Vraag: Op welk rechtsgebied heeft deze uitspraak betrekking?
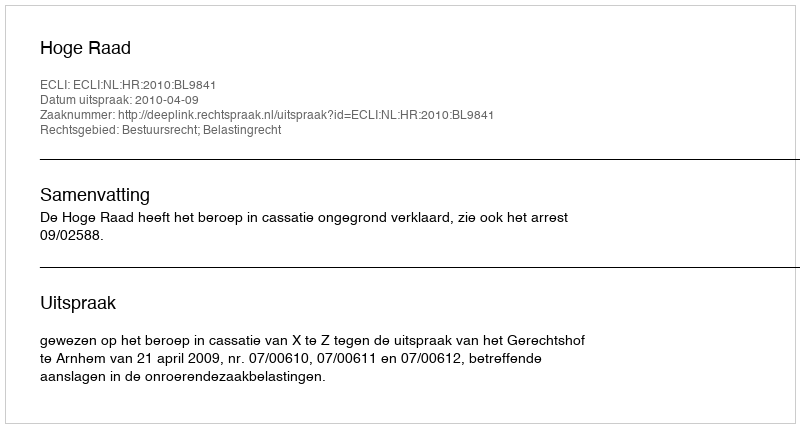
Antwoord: Bestuursrecht; Belastingrecht